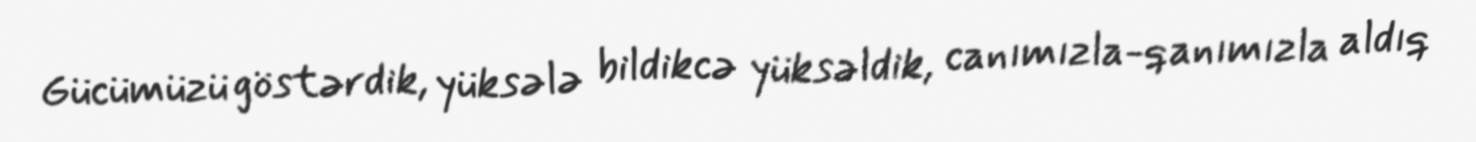
Gücümüzü göstərdik, yüksələ bildikcə yüksəldik, canımızla-qanımızla aldıq